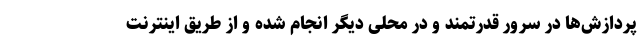
پردازش‌ها در سرور قدرتمند و در محلی دیگر انجام شده و از طریق اینترنت